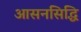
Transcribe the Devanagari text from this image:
आसनसिद्धि